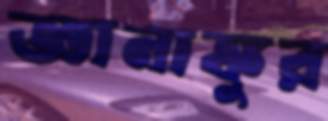
জ্ঞানাঙ্কুর